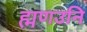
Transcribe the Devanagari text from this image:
ह्मणउनि